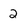
Character: 2